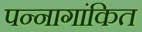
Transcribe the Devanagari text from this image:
पन्नागांकित